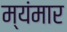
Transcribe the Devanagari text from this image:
म्यंमार